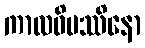
ကာလဝိပဿိနော